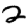
Digit: 2